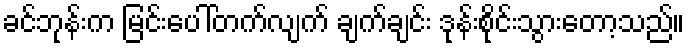
ခင်ဘုန်းက မြင်းပေါ်တက်လျက် ချက်ချင်း ဒုန်းစိုင်းသွားတော့သည်။